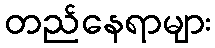
တည်နေရာများ